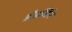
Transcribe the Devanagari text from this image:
डोडर्लिन